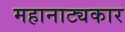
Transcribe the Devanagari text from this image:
महानाट्यकार